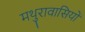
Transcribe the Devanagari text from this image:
मथुरावासियों